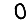
Digit: 0